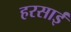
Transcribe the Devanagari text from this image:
हरसाईं